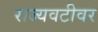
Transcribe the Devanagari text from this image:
राज्यवटीवर